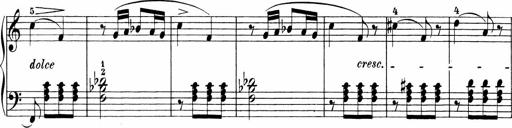
Title: 3 Sonatinas
Composer: Carl Reinecke